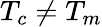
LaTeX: T_{c}\ne T_{m}